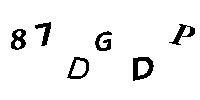
87DGDP